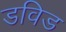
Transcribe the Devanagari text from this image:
डविड